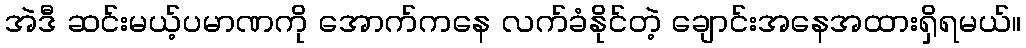
အဲဒီ ဆင်းမယ့်ပမာဏကို အောက်ကနေ လက်ခံနိုင်တဲ့ ချောင်းအနေအထားရှိရမယ်။